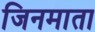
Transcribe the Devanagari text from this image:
जिनमाता